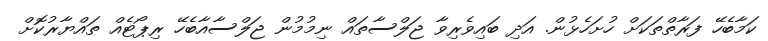
ކަމާބެހޭ ފަރާތްތަކަށް ހުށަހެޅުން. އަދި ބައިވެރިވާ ޖަލްސާތައް ނިމުމުން ޖަލްސާއާބެހޭ ރިޕޯޓެއް ތައްޔާރުކޮށް